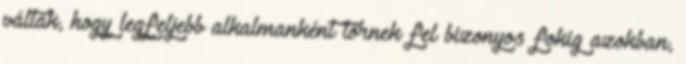
váltak, hogy legfeljebb alkalmanként törnek fel bizonyos fokig azokban,